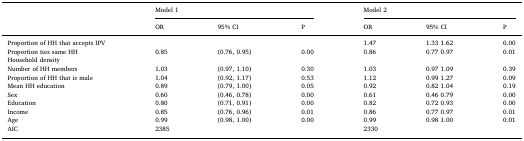
<table><thead><tr><td></td><td colspan="3"><b>Model 1</b></td><td colspan="3"><b>Model 2</b></td></tr><tr><td></td><td><b>OR</b></td><td><b>95% CI</b></td><td><b>P</b></td><td><b>OR</b></td><td><b>95% CI</b></td><td><b>P</b></td></tr></thead><tbody><tr><td>Proportion of HH that accepts IPV</td><td></td><td></td><td></td><td>1.47</td><td>1.33 1.62</td><td>0.00</td></tr><tr><td>Proportion ties same HH</td><td>0.85</td><td>(0.76, 0.95)</td><td>0.00</td><td>0.86</td><td>0.77 0.97</td><td>0.01</td></tr><tr><td>Household density</td><td></td><td></td><td></td><td></td><td></td><td></td></tr><tr><td>Number of HH members</td><td>1.03</td><td>(0.97, 1.10)</td><td>0.30</td><td>1.03</td><td>0.97 1.09</td><td>0.39</td></tr><tr><td>Proportion of HH that is male</td><td>1.04</td><td>(0.92, 1.17)</td><td>0.53</td><td>1.12</td><td>0.99 1.27</td><td>0.09</td></tr><tr><td>Mean HH education</td><td>0.89</td><td>(0.79, 1.00)</td><td>0.05</td><td>0.92</td><td>0.82 1.04</td><td>0.19</td></tr><tr><td>Sex</td><td>0.60</td><td>(0.46, 0.78)</td><td>0.00</td><td>0.61</td><td>0.46 0.79</td><td>0.00</td></tr><tr><td>Education</td><td>0.80</td><td>(0.71, 0.91)</td><td>0.00</td><td>0.82</td><td>0.72 0.93</td><td>0.00</td></tr><tr><td>Income</td><td>0.85</td><td>(0.76, 0.96)</td><td>0.01</td><td>0.86</td><td>0.77 0.97</td><td>0.01</td></tr><tr><td>Age</td><td>0.99</td><td>(0.98, 1.00)</td><td>0.00</td><td>0.99</td><td>0.98 1.00</td><td>0.01</td></tr><tr><td>AIC</td><td colspan="3">2385</td><td colspan="3">2330</td></tr></tbody></table>